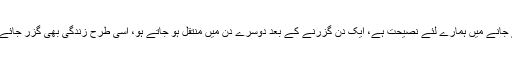
عام و ایام کے آنے اور عام و ایام کے جانے میں ہمارے لئے نصیحت ہے، ایک دن گزرنے کے بعد دوسرے دن میں منتقل ہو جاتے ہو، اسی طرح زندگی بھی گزر جائے گی، اور خواہشات یہیں رہ جائیں گی۔